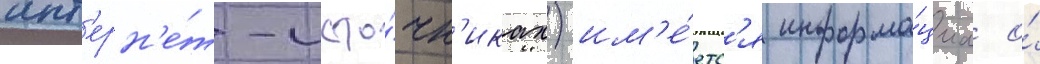
инт'ерн'е́т-исто́чн'иках) им'е́етс'я информа́циа о́